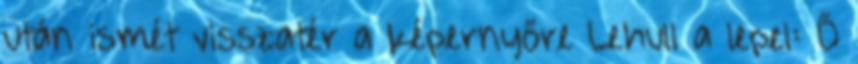
után ismét vissza­tér a kép­er­nyőre Lehull a lepel: Ő